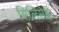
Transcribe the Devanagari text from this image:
सिलिसेढ़